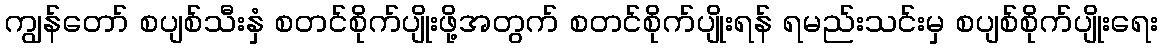
ကျွန်တော် စပျစ်သီးနှံ စတင်စိုက်ပျိုးဖို့အတွက် စတင်စိုက်ပျိုးရန် ရမည်းသင်းမှ စပျစ်စိုက်ပျိုးရေး